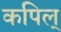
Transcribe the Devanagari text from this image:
कपिल्